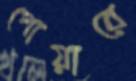
পোয়ারে